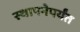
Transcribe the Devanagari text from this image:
स्थापनेपर्यंत